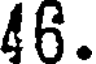
46.